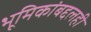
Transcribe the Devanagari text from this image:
भूमिकांबद्दलही